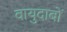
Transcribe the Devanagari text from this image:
वायुदाबों